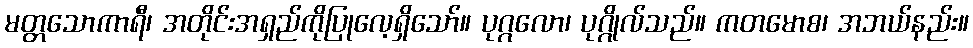
မတ္တသောကာရီ၊ အတိုင်းအရှည်ကိုပြုလေ့ရှိသော်။ ပုဂ္ဂလော၊ ပုဂ္ဂိုလ်သည်။ ကတမောစ၊ အဘယ်နည်း။